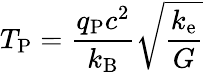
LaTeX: T_{\mathrm{P}}={\frac{q_{\mathrm{P}}c^{2}}{k_{\mathrm{B}}}}{\sqrt{\frac{k_{\mathrm{e}}}{G}}}